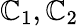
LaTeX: \mathbb{C}_{1},\mathbb{C}_{2}